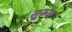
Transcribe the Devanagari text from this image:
सूरुज